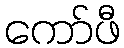
ကော်ဖီ